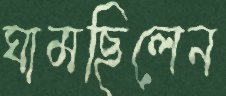
ঘামছিলেন